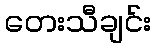
တေးသီချင်း